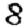
Digit: 8